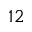
^ { 1 2 }